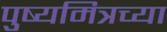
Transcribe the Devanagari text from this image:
पुष्यमित्रच्या